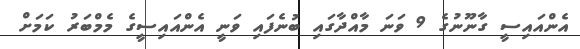
އެންއައިސީ ގާނޫނުގެ 9 ވަނަ މާއްދާގައި ބުނެފައި ވަނީ އެންއައިސީގެ މެމްބަރު ކަމަށް